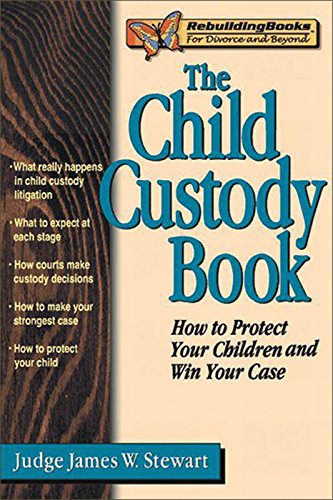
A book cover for The Child Custody Book: How to Protect Your Children and Win Your Case (Rebuilding Books); Judge James W. Stewart; Law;